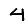
Digit: 4